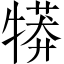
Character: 𤛘